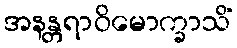
အနန္တရာဝိမောက္ခာသိံ